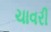
ચાવરી